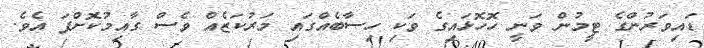
ޑައިވަރުންގެ ޓީމުން ވަނީ ހޮހޮޅައިގެ ވަކި ހިސާބެއްގައި މަރުކަޒެއް ވެސް ގާއިމުކޮށްފަ އެވެ.